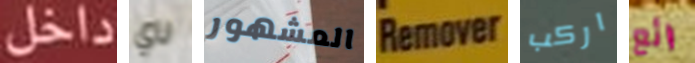
داخل ناي المشهور Remover اركب رائع